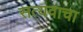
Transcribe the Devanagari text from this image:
सत्यवाचा